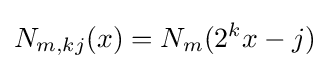
N_{m,kj}(x)=N_{m}(2^{k}x-j)